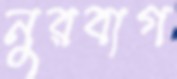
নুরবাগ